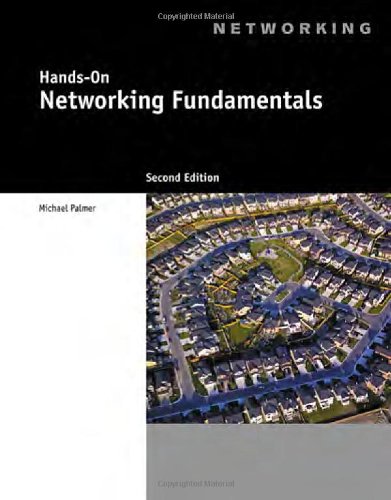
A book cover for Hands-On Networking Fundamentals; Michael Palmer; Engineering & Transportation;